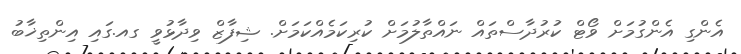
އެންގި އެންގުމަށް ވޯޓް ކަުރުދާސްތައް ނައްތާލުމަށް ކުރިކަމެއްކަމަށް. ޝިފާޒް ވިދާޅުވީ ގއ.ގައި އިންތިޚާބު